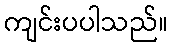
ကျင်းပပါသည်။